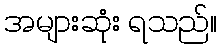
အများဆုံး ရသည်။